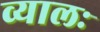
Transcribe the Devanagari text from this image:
व्यालः